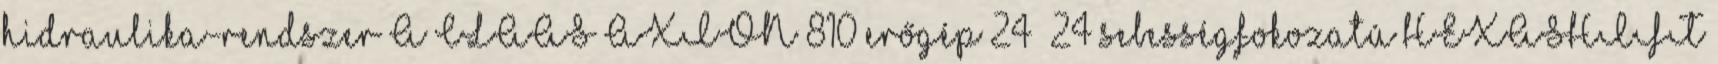
hidraulika-rendszer A CLAAS AXION 810 erőgép 24 24 sebességfokozatú HEXASHIFT